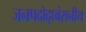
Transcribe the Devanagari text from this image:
जनपदोद्ध्वंसनीय